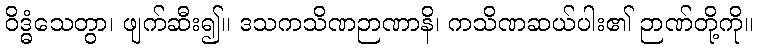
ဝိဒ္ဓံသေတွာ၊ ဖျက်ဆီး၍။ ဒသကသိဏဉာဏာနိ၊ ကသိဏဆယ်ပါး၏ ဉာဏ်တို့ကို။